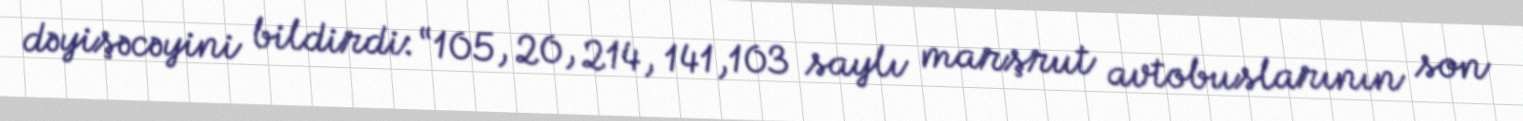
dəyişəcəyini bildirdi: “105, 20, 214, 141,103 saylı marşrut avtobuslarının son